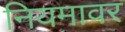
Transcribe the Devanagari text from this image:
नियमावर